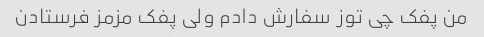
من پفک چی توز سفارش دادم ولی پفک مزمز فرستادن